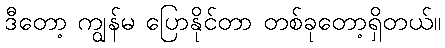
ဒီတော့ ကျွန်မ ပြောနိုင်တာ တစ်ခုတော့ရှိတယ်။